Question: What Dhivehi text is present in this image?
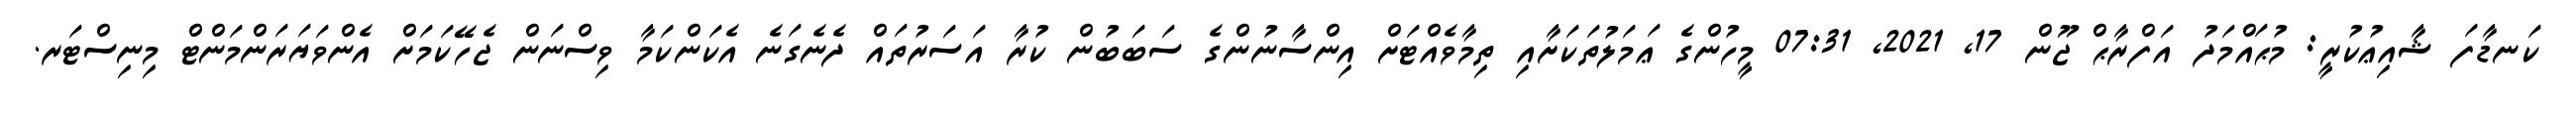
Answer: ކަނޑާފަ ޝާއިޢުކުރީ: މުޙައްމަދު އަފްރާޙް ޖޫން 17, 2021, 07:31 މީހުންގެ ޢަމަލުތަކަށާއި ތިމާވެއްޓަށް އިންސާނުންގެ ސަބަބުން ކުރާ އަސަރުތައް ދެނެގަނެ އެކަންކަމާ ވިސްނަން ޖެހޭކަމަށް އެންވަޔަރަންމަންޓް މިނިސްޓަރ.